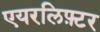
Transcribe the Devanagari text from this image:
एयरलिफ़्टर